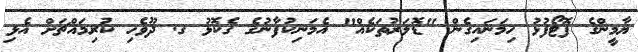
ޔާމީންގެ ފޮޓޯފުޅު ހިމަނައިގެން "ޑޮލަރުތަކެއް" އެމަނިކުފާނުގެ ގެކޮޅު ގ. ދޫވެހި ކުރިމައްޗަށް އެޅި